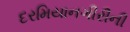
દરમિયાનગીરીની